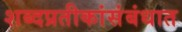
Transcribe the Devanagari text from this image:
शब्दप्रतीकांसंबंधात